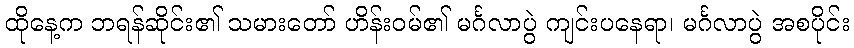
ထိုနေ့က ဘရန်ဆိုင်း၏ သမားတော် ဟိန်းဝမ်၏ မင်္ဂလာပွဲ ကျင်းပနေရာ၊ မင်္ဂလာပွဲ အစပိုင်း